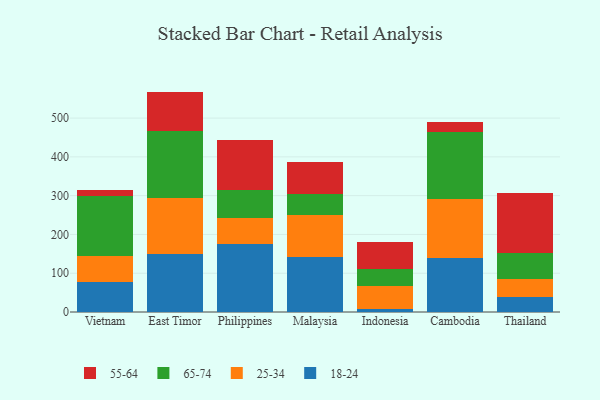
{"axis": {"x": "Country", "y": "Demand Index"}, "legend": ["18-24", "25-34", "55-64", "65-74"], "data": [{"x": "Vietnam", "y": 77.7, "type": "18-24"}, {"x": "Vietnam", "y": 65.7, "type": "25-34"}, {"x": "Vietnam", "y": 156.3, "type": "65-74"}, {"x": "Vietnam", "y": 14.9, "type": "55-64"}, {"x": "East Timor", "y": 150.0, "type": "18-24"}, {"x": "East Timor", "y": 143.4, "type": "25-34"}, {"x": "East Timor", "y": 173.4, "type": "65-74"}, {"x": "East Timor", "y": 101.5, "type": "55-64"}, {"x": "Philippines", "y": 175.1, "type": "18-24"}, {"x": "Philippines", "y": 66.3, "type": "25-34"}, {"x": "Philippines", "y": 73.1, "type": "65-74"}, {"x": "Philippines", "y": 128.2, "type": "55-64"}, {"x": "Malaysia", "y": 141.6, "type": "18-24"}, {"x": "Malaysia", "y": 108.0, "type": "25-34"}, {"x": "Malaysia", "y": 54.1, "type": "65-74"}, {"x": "Malaysia", "y": 82.6, "type": "55-64"}, {"x": "Indonesia", "y": 7.9, "type": "18-24"}, {"x": "Indonesia", "y": 58.9, "type": "25-34"}, {"x": "Indonesia", "y": 43.6, "type": "65-74"}, {"x": "Indonesia", "y": 70.7, "type": "55-64"}, {"x": "Cambodia", "y": 138.8, "type": "18-24"}, {"x": "Cambodia", "y": 153.6, "type": "25-34"}, {"x": "Cambodia", "y": 172.6, "type": "65-74"}, {"x": "Cambodia", "y": 24.4, "type": "55-64"}, {"x": "Thailand", "y": 39.3, "type": "18-24"}, {"x": "Thailand", "y": 46.5, "type": "25-34"}, {"x": "Thailand", "y": 67.1, "type": "65-74"}, {"x": "Thailand", "y": 153.2, "type": "55-64"}]}